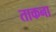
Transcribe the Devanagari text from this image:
ताकना